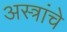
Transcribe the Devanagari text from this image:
अस्त्रांचे